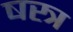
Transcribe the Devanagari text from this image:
षस्त्र